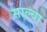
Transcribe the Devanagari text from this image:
साल्वा